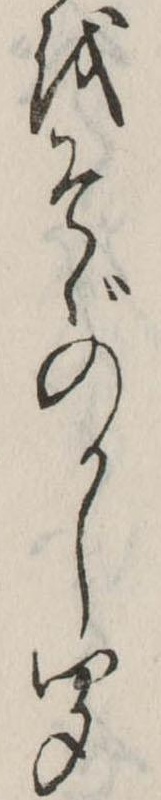
をそゞのかし聞